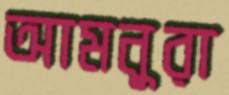
আমনুরা